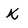
Character: x